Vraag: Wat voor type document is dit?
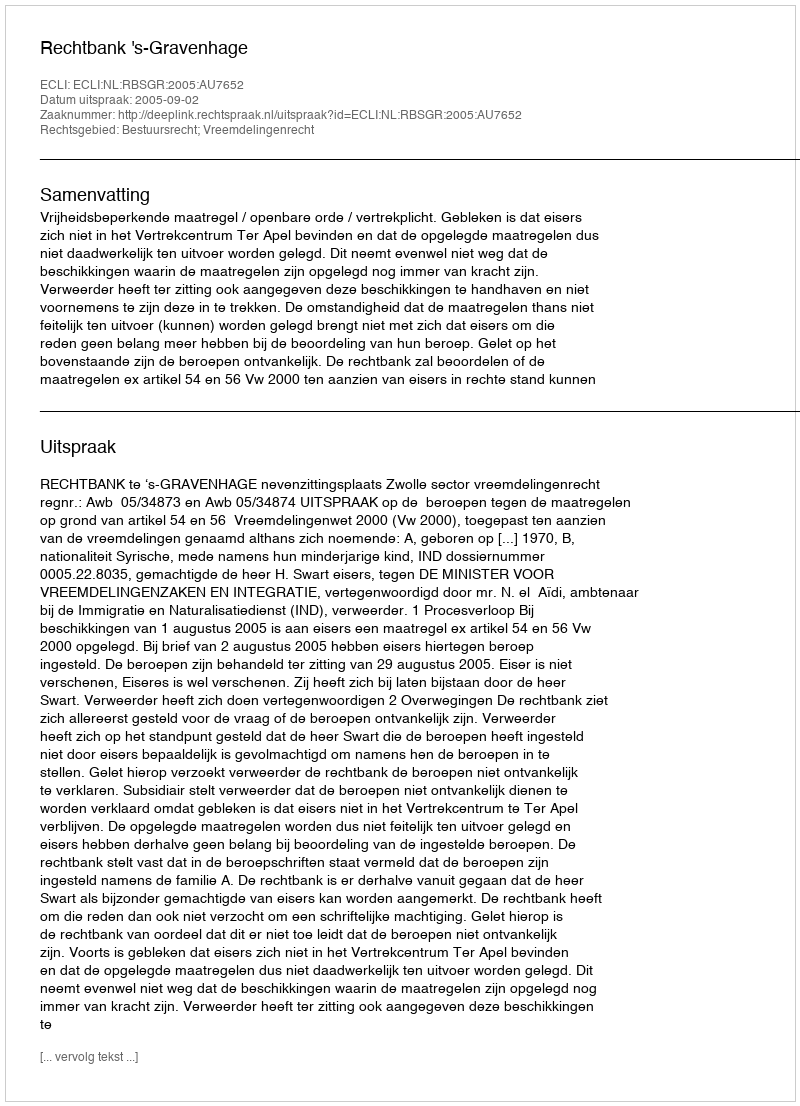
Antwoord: Uitspraak